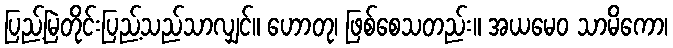
ပြည့်မြဲတိုင်းပြည့်သည်သာလျှင်။ ဟောတု၊ ဖြစ်စေသတည်း။ အယမေဝ သာမိကော၊